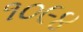
૧૦૯૪